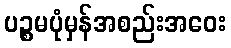
ပဉ္စမပုံမှန်အစည်းအဝေး